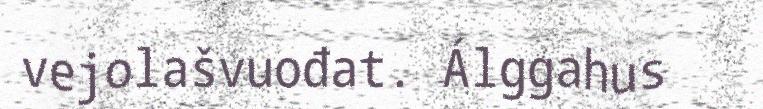
vejolašvuođat. Álggahus